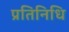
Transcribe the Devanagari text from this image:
प्रतिनिधि